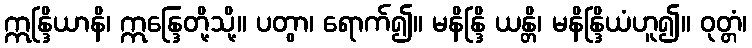
ဣန္ဒြိယာနိ၊ ဣန္ဒြေတို့သို့။ ပတွာ၊ ရောက်၍။ မနိန္ဒြိ ယန္တိ၊ မနိန္ဒြိယံဟူ၍။ ဝုတ္တံ၊